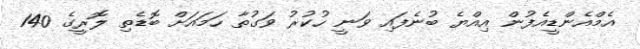
އެމްއެންޑީއެފުން އިއްޔެ ބުނެފައި ވަނީ ހުކުރު ވަގުތާ ހަމައަށް ބޮޑެތި ލޮރީގެ 140